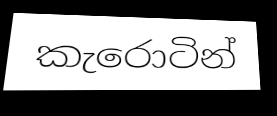
කැරොටින්